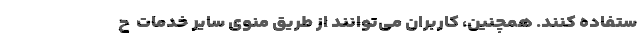
ستفاده کنند. همچنین، کاربران می‌توانند از طریق منوی سایر خدمات  ح